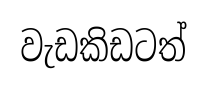
වැඩකිඩටත්